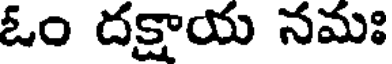
ఓం దక్షాయ నమః